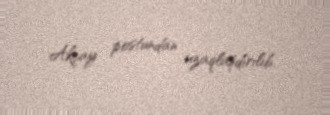
Akçay postundan uzaqlaşdırılıb.